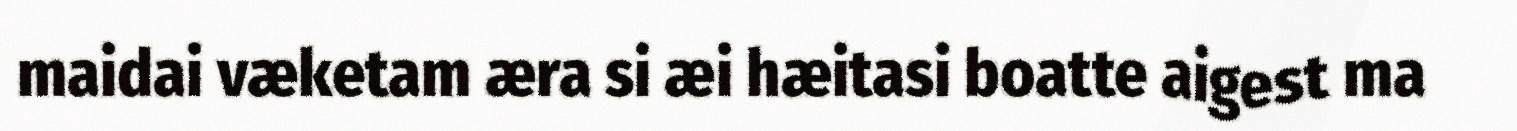
maidai væketam æra si æi hæitasi boatte aigest ma